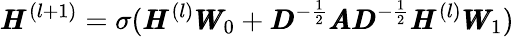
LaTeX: \pmb{H}^{(l+1)}=\sigma(\pmb{H}^{(l)}\pmb{W}_{0}+\pmb{D}^{-\frac 12}\pmb{A}\pmb{D}^{-\frac 12}\pmb{H}^{(l)}\pmb{W}_{1})